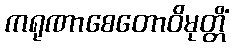
ကရုဏာစေတောဝိမုတ္တိံ